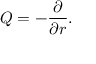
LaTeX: Q = - { \frac { \partial } { \partial r } } .